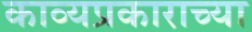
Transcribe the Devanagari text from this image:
काव्यप्रकाराच्या